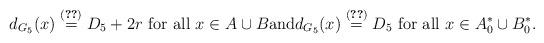
LaTeX: \begin{align*} d_{G_5}(x)\stackrel{(\ref{degrees4})}{=} D_5+2r \mbox{ for all } x \in A \cup B \mbox{and} d_{G_5}(x)\stackrel{(\ref{degrees4})}{=}D_5 \mbox{ for all } x \in A^*_0\cup B^*_0.\end{align*}